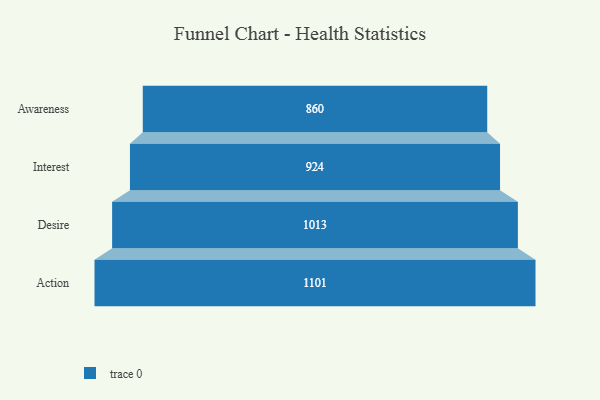
{"axis": {"x": "Stage", "y": "Value"}, "legend": [""], "data": [{"x": "Awareness", "y": 860.0, "type": ""}, {"x": "Interest", "y": 924.0, "type": ""}, {"x": "Desire", "y": 1013.0, "type": ""}, {"x": "Action", "y": 1101.0, "type": ""}]}